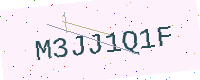
Text: M3JJ1Q1F